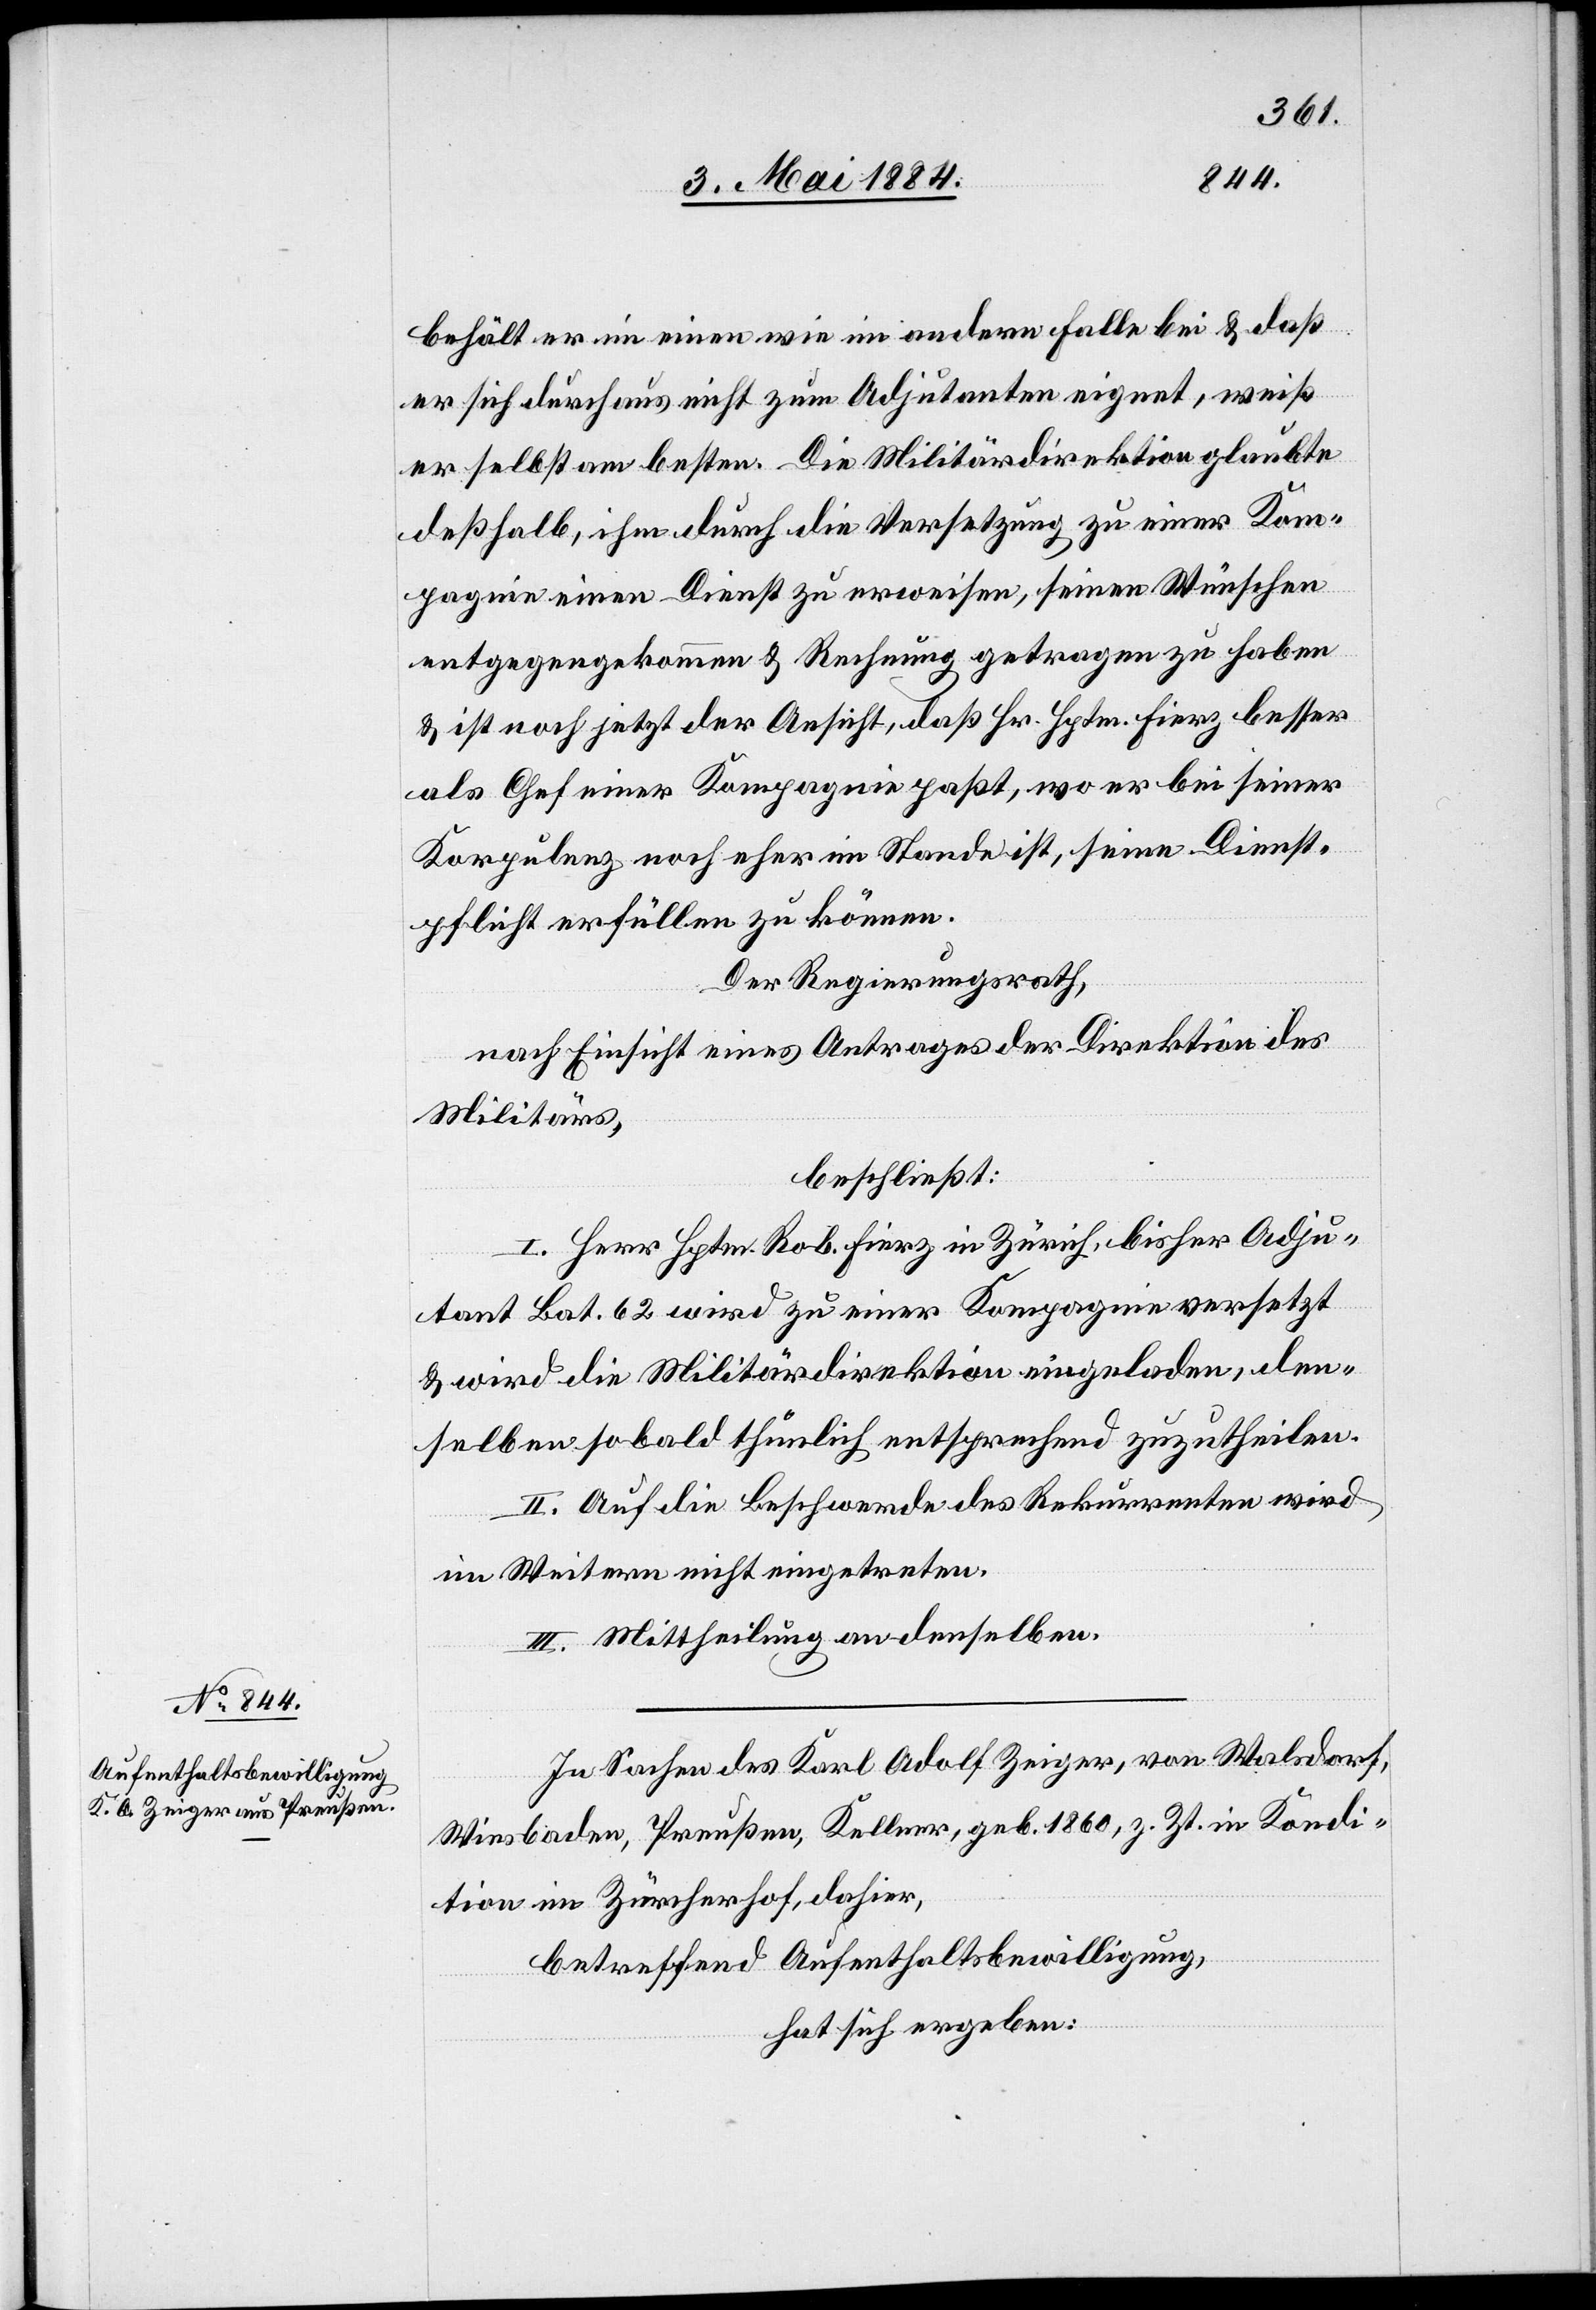
behält er im einen wie im andern Falle bei & daß
er sich durch aus nicht zum Adjutanten eignet, weiß
er selbst am besten. Die Militärdirektion glaube
deßhalb, ihm durch die Versetzung zu einer Kom¬
pagnie einen Dienst zu erweisen, seinen Wünschen
entgegenkommen & Rechnung getragen zu haben
& ist noch jetzt der Ansicht, daß Hr. Hptm. Fierz besser
als Chef einer Kompagnie paßt, wo er bei seiner
Korpulenz noch eher im Stande ist, seine Dienst¬
pflicht erfüllen zu können.
Der Regierungsrath,
nach Einsicht eines Antrages der Direktion des
Militärs,
beschließt:
I. Herr Hptm. Rob. Fierz in Zürich, bisher Adju¬
tant Bat. 62 wird zu einer Kompagnie versetzt
& wird die Militärdirektion eingeladen, den¬
selben sobald thunlich entsprechend zuzutheilen.
II. Auf die Beschwerde des Rekurrenten wird
im Weitern nicht eingetreten.
III. Mittheilung an denselben.
In Sachen des Karl Adolf Zeiger, von Walsdorf,
Wiesbaden, Preußen, Kellner, geb. 1860, z. Zt. in Kondi¬
tion im Zürcherhof, dahier,
betreffend Aufenthaltsbewilligung,
hat sich ergeben: